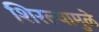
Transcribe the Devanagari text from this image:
शिरल्यामुळे